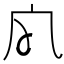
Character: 𡦹